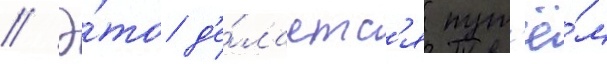
// Э́то д'е́лаетс'я пут'ё́м